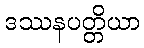
ဒဿနပတ္တိယာ